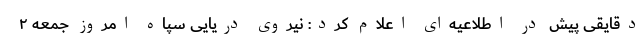
دقایقی پیش در اطلاعیه‌ای اعلام کرد: نیروی دریایی سپاه امروز جمعه ۲